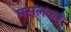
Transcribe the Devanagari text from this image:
मसलकर